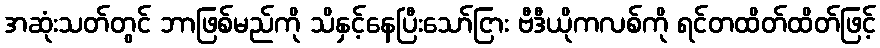
အဆုံးသတ်တွင် ဘာဖြစ်မည်ကို သိနှင့်နေပြီးသော်ငြား ဗီဒီယိုကလစ်ကို ရင်တထိတ်ထိတ်ဖြင့်